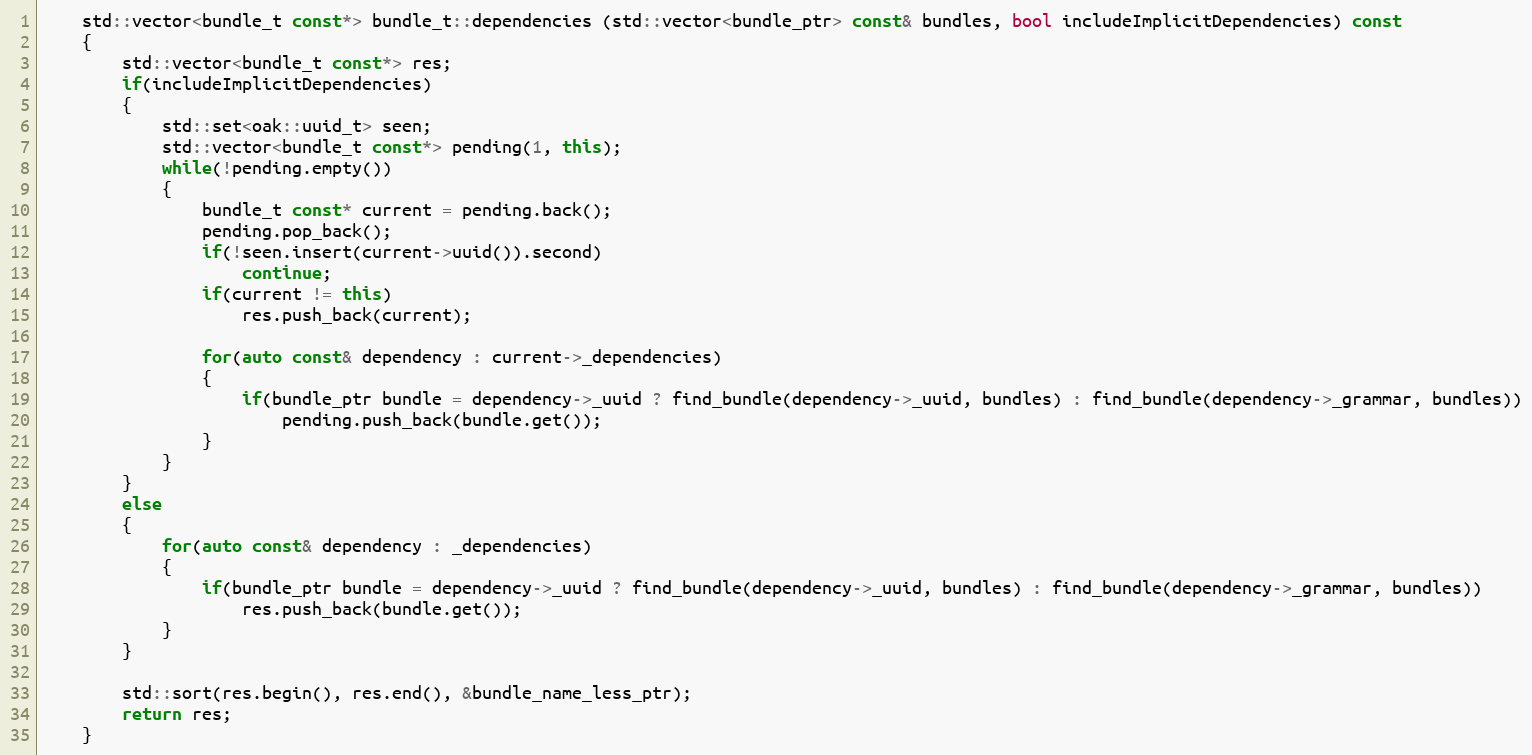
Language: C++
	std::vector<bundle_t const*> bundle_t::dependencies (std::vector<bundle_ptr> const& bundles, bool includeImplicitDependencies) const
	{
		std::vector<bundle_t const*> res;
		if(includeImplicitDependencies)
		{
			std::set<oak::uuid_t> seen;
			std::vector<bundle_t const*> pending(1, this);
			while(!pending.empty())
			{
				bundle_t const* current = pending.back();
				pending.pop_back();
				if(!seen.insert(current->uuid()).second)
					continue;
				if(current != this)
					res.push_back(current);

				for(auto const& dependency : current->_dependencies)
				{
					if(bundle_ptr bundle = dependency->_uuid ? find_bundle(dependency->_uuid, bundles) : find_bundle(dependency->_grammar, bundles))
						pending.push_back(bundle.get());
				}
			}
		}
		else
		{
			for(auto const& dependency : _dependencies)
			{
				if(bundle_ptr bundle = dependency->_uuid ? find_bundle(dependency->_uuid, bundles) : find_bundle(dependency->_grammar, bundles))
					res.push_back(bundle.get());
			}
		}

		std::sort(res.begin(), res.end(), &bundle_name_less_ptr);
		return res;
	}